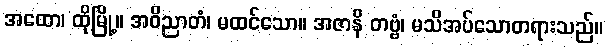
အထော၊ ထိုမြို့။ အဝိညာတံ၊ မထင်သော။ အဇာနိ တဗ္ဗံ၊ မသိအပ်သောတရားသည်။